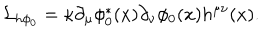
{ \cal { L } } _ { h \phi _ { 0 } } = \kappa \partial _ { \mu } \phi _ { 0 } ^ { * } ( x ) \partial _ { \nu } \phi _ { 0 } ( x ) h ^ { \mu \nu } ( x ) .